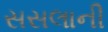
સસલાની